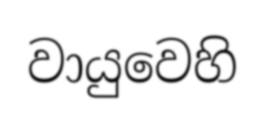
වායුවෙහි